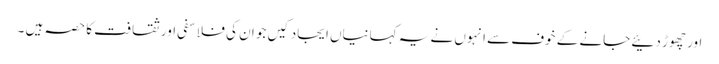
اور چھوڑ دئیے جانے کے خوف سے انہوں نے یہ کہانیاں ایجاد کیں جو ان کی فلاسفی اور ثقافت کا حصہ ہیں ۔